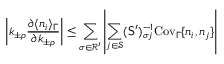
\left| k _ { \pm \rho } \frac { \partial \langle n _ { i } \rangle _ { \Gamma } } { \partial k _ { \pm \rho } } \right| \leq \sum _ { \sigma \in \mathcal { R } ^ { \prime } } \left| \sum _ { j \in \mathcal { S } } ( \mathsf { S } ^ { \prime } ) _ { \sigma j } ^ { - 1 } \mathrm { C o v } _ { \Gamma } \{ n _ { i } , n _ { j } \} \right|